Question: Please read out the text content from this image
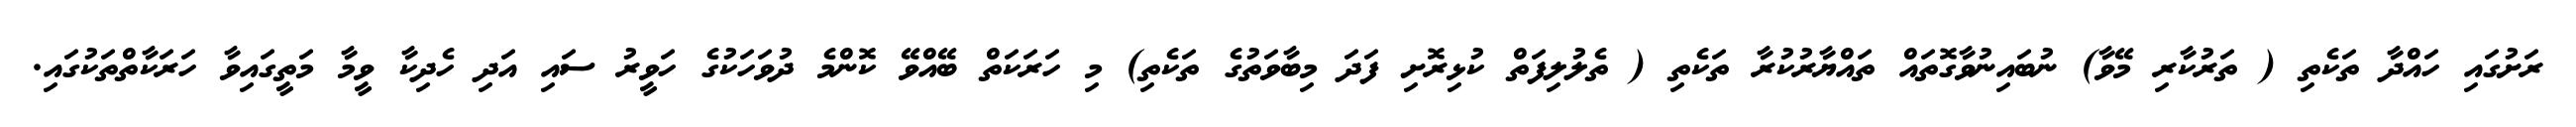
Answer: ރަށުގައި ހައްދާ ތަކެތި ( ތަރުކާރި މޭވާ) ނުބައިނުވާގޮތައް ތައްޔާރުކުރާ ތަކެތި ( ތެލުލިފަތް ކުޅިރޮށި ފަދަ މިބާވަތުގެ ތަކެތި) މި ހަރަކަތް ބޭއްވޭ ކޮންމެ ދުވަހަކުގެ ހަވީރު ސައި އަދި ހެދިކާ ވީމާ މަތީގައިވާ ހަރަކާތްތަކުގައި.